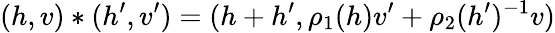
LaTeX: (h,v)\ast(h^{\prime},v^{\prime})=(h+h^{\prime},\rho_{1}(h)v^{\prime}+\rho_{2}(h^{\prime})^{-1}v)